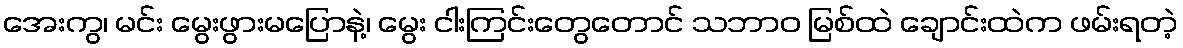
အေးကွ၊ မင်း မွေးဖွားမပြောနဲ့၊ မွေး ငါးကြင်းတွေတောင် သဘာဝ မြစ်ထဲ ချောင်းထဲက ဖမ်းရတဲ့